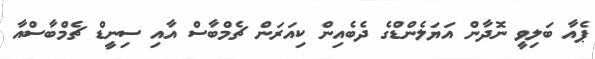
ޕެއާ ބަލިވީ ނޮދާން އަޔަލެންޑްގެ ދެބެއިން ކިއަރަން ޗެމްބާސް އާއި ސިނީޑް ޗެމްބާސްއާ